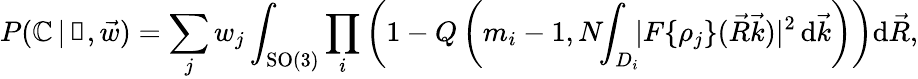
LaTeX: P(\mathbb{C}\, |\, \boldsymbol\uprho,\vec{{w}})=\sum_{j}w_{j}\int_{\mathrm{{SO}}(3)}\prod_{i}\left(1-Q\left(m_{i}-1,N\! \! \int_{D_{i}}\! \! \mathcal{\lvert}F\{ \rho_{j}\} (\vec{{R}}\vec{{k}})\rvert^{2}\, \mathrm{d}\vec{{k}}\right)\right)\mathrm{d}\vec{{R}},